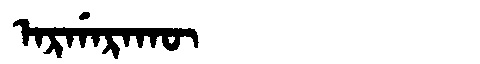
Manchu: ᠠᡵᡤᠠᡵᠠᡴᡡ
Romanization: ARGARAKŪ